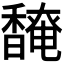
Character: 𬳡